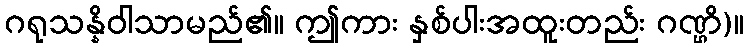
ဂရုသန္နိဝါသာမည်၏။ ဤကား နှစ်ပါးအထူးတည်း ဂဏ္ဌိ)။